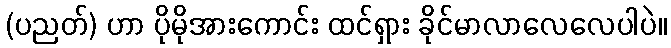
(ပညတ်) ဟာ ပိုမိုအားကောင်း ထင်ရှား ခိုင်မာလာလေလေပါပဲ။